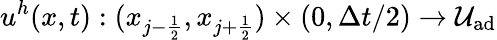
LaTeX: u^{h}(x,t):(x_{j-\frac{1}{2}},x_{j+\frac{1}{2}})\times(0,\Delta t/2)\rightarrow\mathcal{U}_{\textrm{ad}}